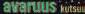
avaruus kutsuu